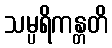
သမ္ပရိကန္တတိ